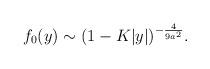
LaTeX: \begin{align*}f_0(y)\sim (1-K|y|)^{-{4\over{9a^2}}}.\end{align*}